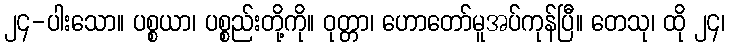
၂၄-ပါးသော။ ပစ္စယာ၊ ပစ္စည်းတို့ကို။ ဝုတ္တာ၊ ဟောတော်မူအပ်ကုန်ပြီ။ တေသု၊ ထို ၂၄၊